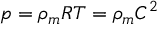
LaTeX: p = \rho _ { m } R T = \rho _ { m } C ^ { 2 }